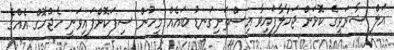
އަލް ޝާރަވީގެ ކޮޅަށް ޖަހާލާފައިވާ އިސްތަށިގަނޑު ބައެއް މީހުން ސިފަކޮށްފައިވަނީ ހެޖްހޮގް އެއްގެ